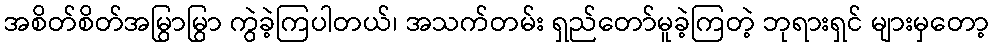
အစိတ်စိတ်အမြွာမြွာ ကွဲခဲ့ကြပါတယ်၊ အသက်တမ်း ရှည်တော်မူခဲ့ကြတဲ့ ဘုရားရှင် များမှတော့